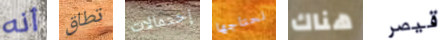
أنه تطاق إحتمالات نحتاجها هناك قيصر